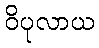
ဝိပုလာယ